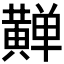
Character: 𱋴